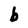
Character: b